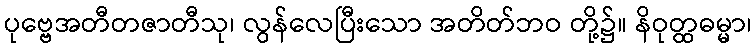
ပုဗ္ဗေအတီတဇာတီသု၊ လွန်လေပြီးသော အတိတ်ဘဝ တို့၌။ နိဝုတ္ထဓမ္မာ၊